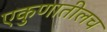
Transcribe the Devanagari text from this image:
एकुणातीलच